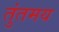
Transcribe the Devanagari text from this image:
तुंतमय